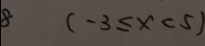
8 ( - 3 \leq x < 5 )